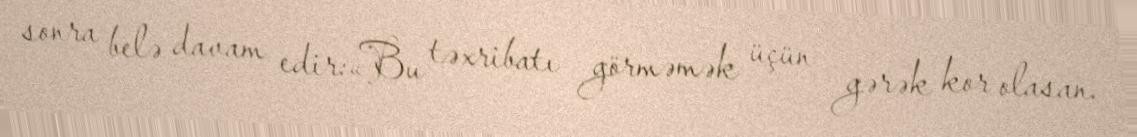
sonra belə davam edir:«Bu təxribatı görməmək üçün gərək kor olasan.